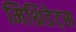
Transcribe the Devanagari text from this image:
मिथ्रिडेट्स